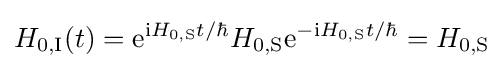
H_{0,{\text{I}}}(t)=\mathrm {e} ^{\mathrm {i} H_{0,{\text{S}}}t/\hbar }H_{0,{\text{S}}}\mathrm {e} ^{-\mathrm {i} H_{0,{\text{S}}}t/\hbar }=H_{0,{\text{S}}}